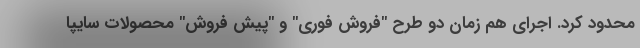
محدود کرد. اجرای هم زمان دو طرح "فروش فوری" و "پیش فروش" محصولات سایپا